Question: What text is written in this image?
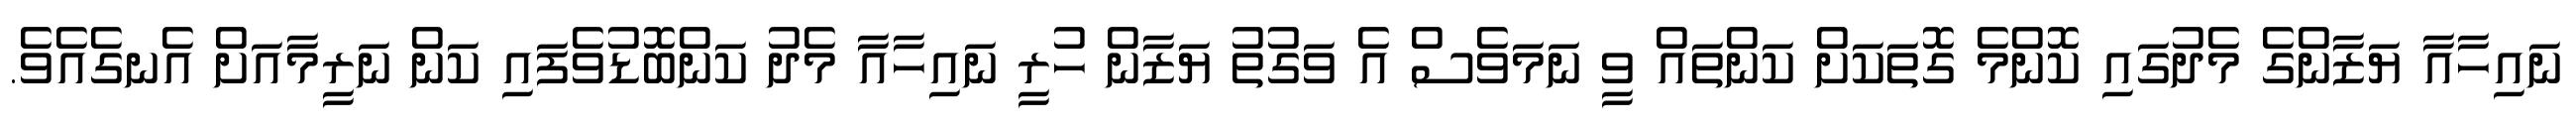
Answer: ނައިހާއާ ޔަޒާންގެ މެދުގައި ކޮންމެ ގޮތަކަށް ކަންތައް ވީ ނަމަވެސް އެ ވަގުތު ޔަޒާން ހުރީ ނައިހާއާ މެދު ކަންބޮޑުވެފައި ކަން ނަރީމާއަށް އެނގެއެވެ.